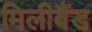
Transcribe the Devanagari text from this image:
मिलीबैंड